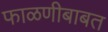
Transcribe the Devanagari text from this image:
फाळणीबाबत